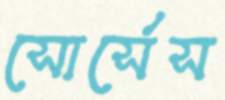
সোর্সেস